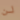
لن